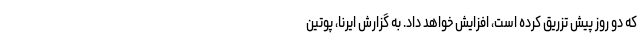
که دو روز پیش تزریق کرده است، افزایش خواهد داد. به گزارش ایرنا، پوتین